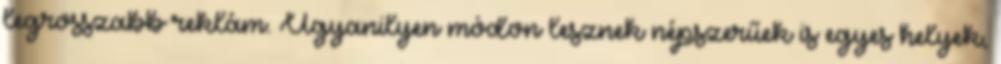
legrosszabb reklám. Ugyanilyen módon lesznek népszerűek is egyes helyek,